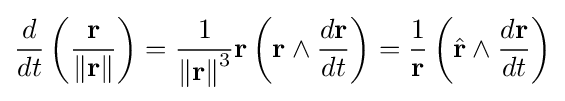
{\frac {d}{dt}}\left({\frac {\mathbf {r} }{\Vert \mathbf {r} \Vert }}\right)={\frac {1}{{\Vert \mathbf {r} \Vert }^{3}}}\mathbf {r} \left(\mathbf {r} \wedge {\frac {d\mathbf {r} }{dt}}\right)={\frac {1}{\mathbf {r} }}\left({\hat {\mathbf {r} }}\wedge {\frac {d\mathbf {r} }{dt}}\right)